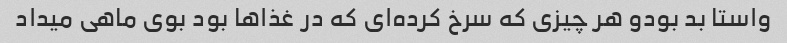
واستا بد بودو هر چیزی که سرخ کرده‌ای که در غذاها بود بوی ماهی میداد